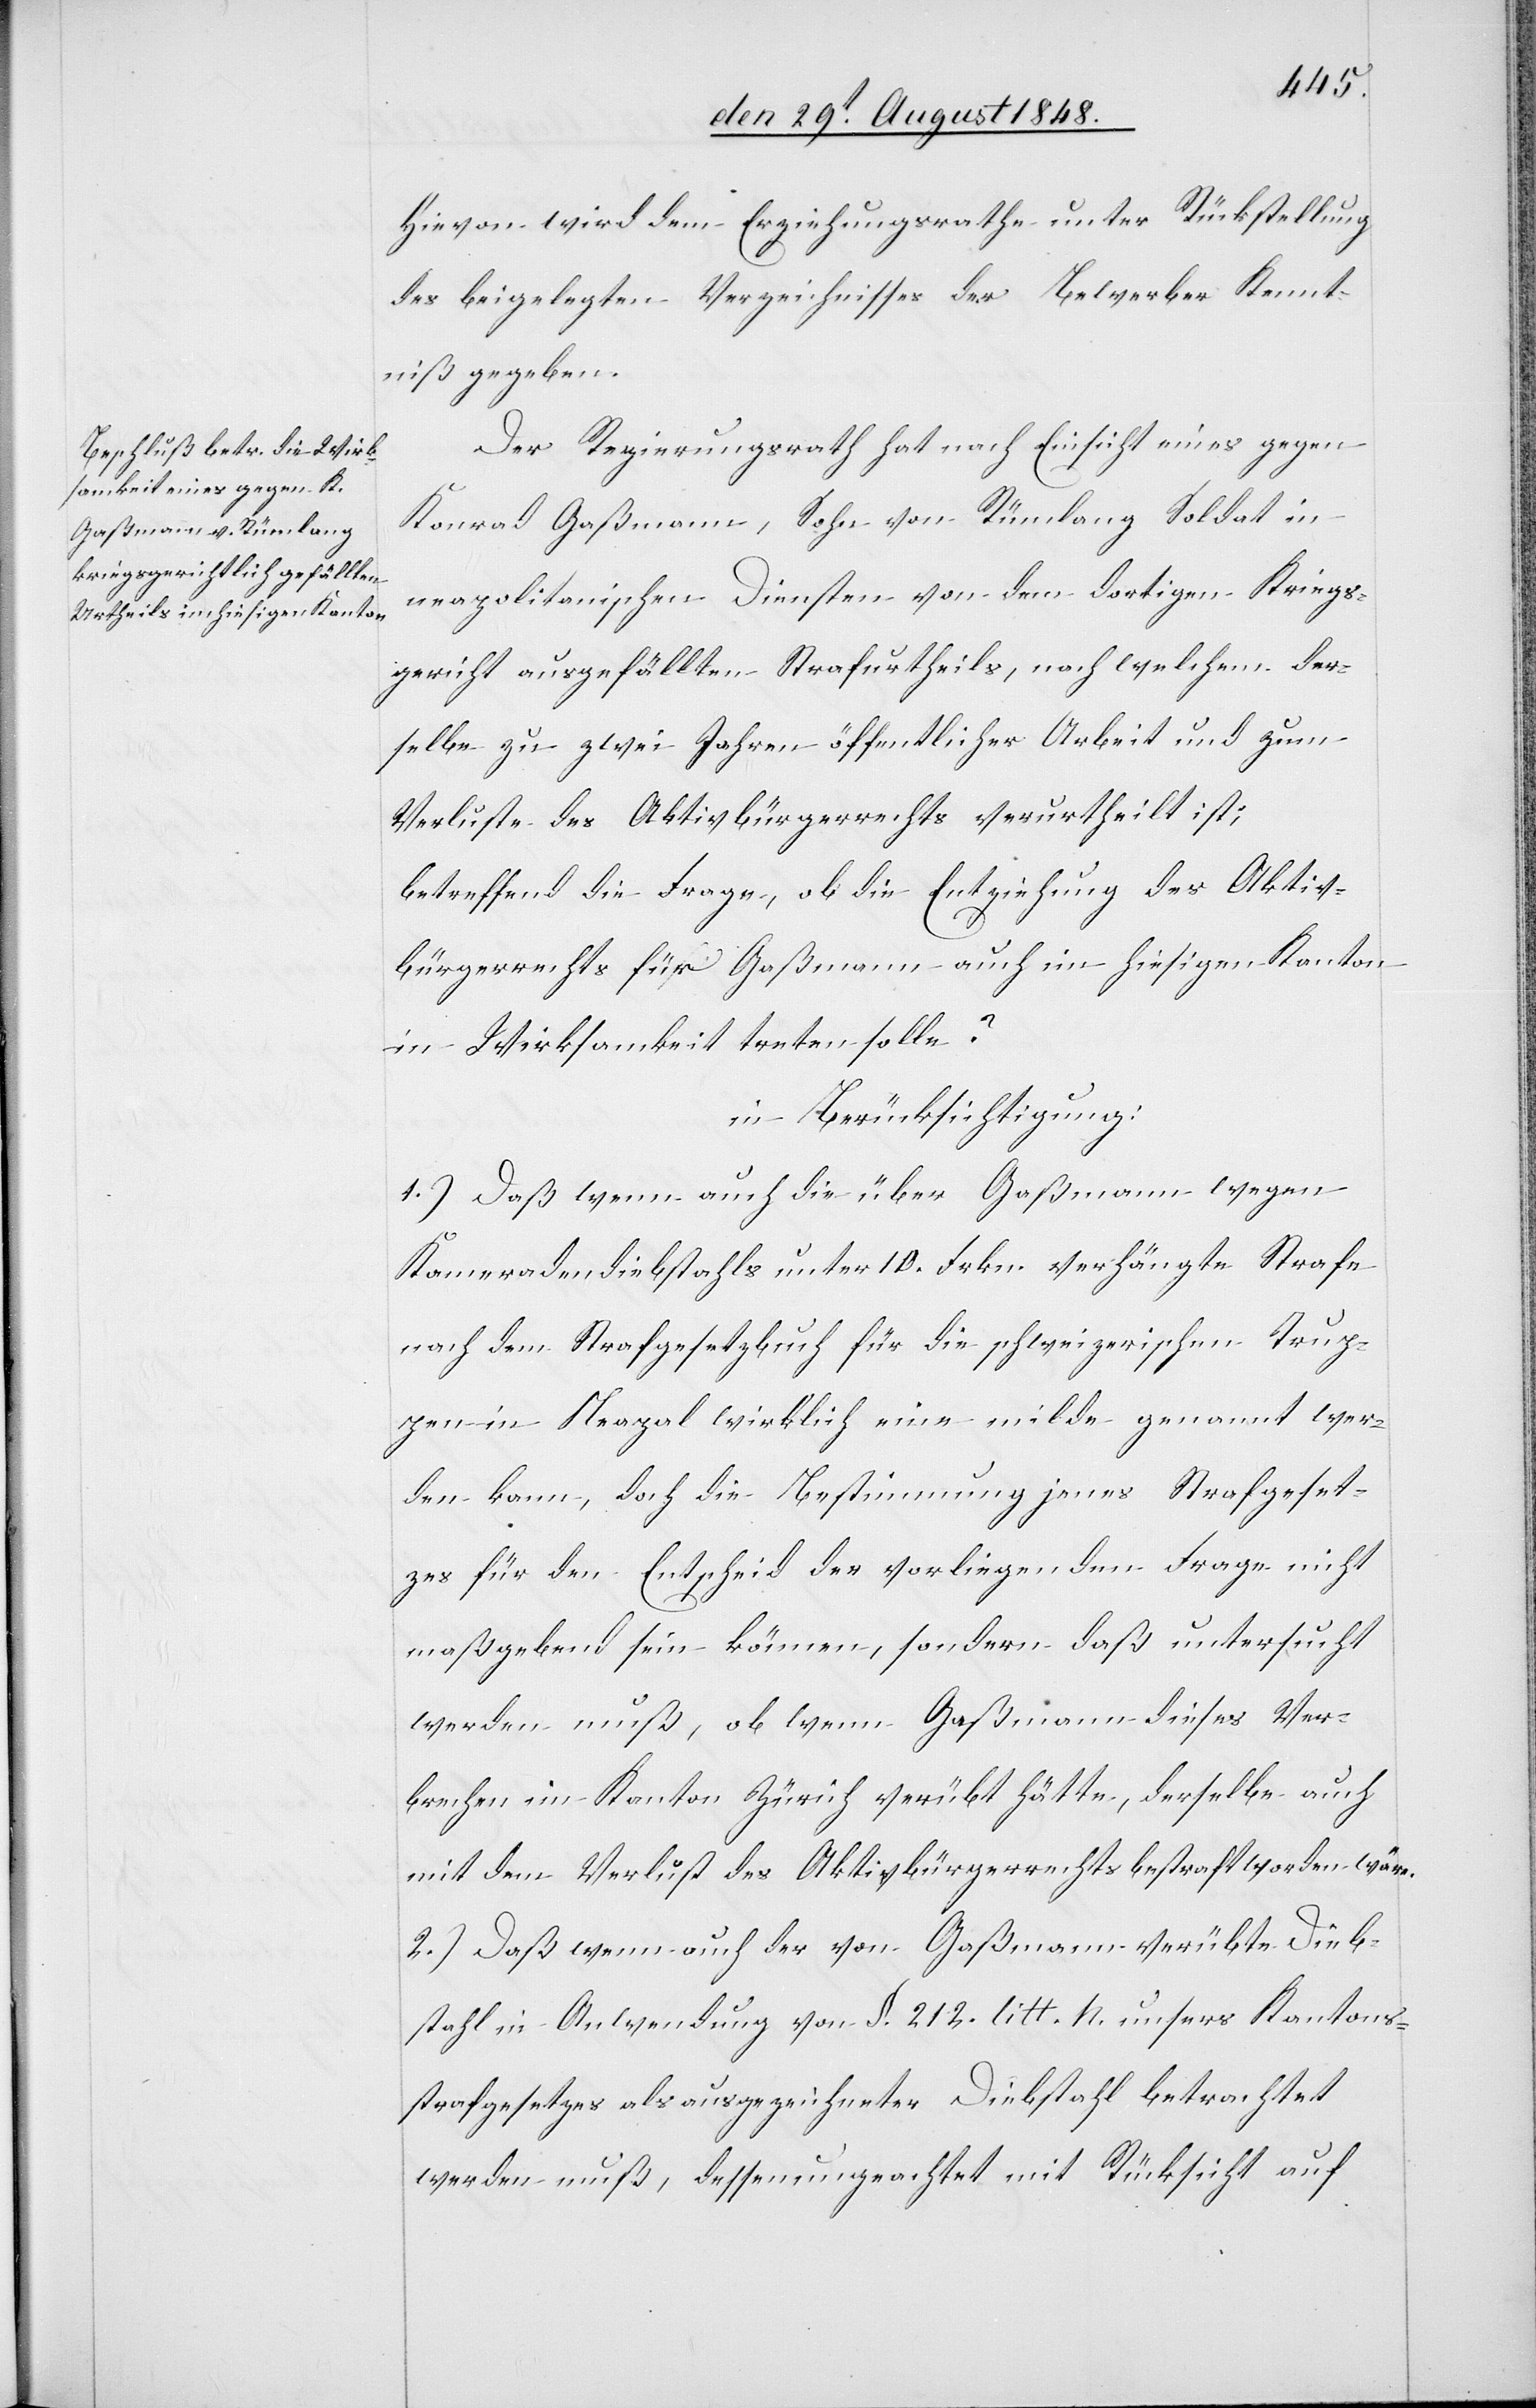
Hievon wird dem Erziehungsrathe unter Rückstellung
des beigelegten Verzeichnisses der Bewerber Kennt¬
niß gegeben.
Der Regierungsrath hat nach Einsicht eines gegen
Konrad Gaßmann, Sohn von Rümlang Soldat in
neopolitanischen Diensten von dem dortigen Kriegs¬
gericht ausgefällten Strafurtheils, nach welchem der¬
selbe zu zwei Jahren öffentlicher Arbeit und zum
Verluste des Aktivbürgerrechts verurtheilt ist;
betreffend die Frage, ob die Entziehung des Aktiv¬
bürgerrechts für Gaßmann auch im hiesigen Kanton
in Wirksamkeit treten solle?
in Berücksichtigung:
1.) Daß wenn auch die über Gaßmann wegen
Kameradendiebstahl unter 10. Frkn. verhängte Strafe
nach dem Strafgesetzbuch für die schweizerischen Trup¬
pen in Neapel wirklich eine milde genannt wer¬
den kann, doch die Bestimmung jenes Strafgeset¬
zes für den Entscheid der vorliegenden Frage nicht
maßgebend sein können, sondern daß untersucht
werden muß, ob wenn Gaßmann dieses Ver¬
brechen im Kanton Zürich verübt hätte, derselbe auch
mit dem Verlust des Aktivbürgerrechts bestraft worden wäre.
2.) Daß wenn auch der von Gaßmann verübte Dieb¬
stahl in Anwendung von §. 212. litt. h. unsers Kantons¬
strafgesetzes als ausgezeichneter Diebstahl betrachtet
werden muß, dessen ungeachtet mit Rücksicht auf